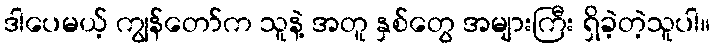
ဒါပေမယ့် ကျွန်တော်က သူနဲ့ အတူ နှစ်တွေ အများကြီး ရှိခဲ့တဲ့သူပါ။